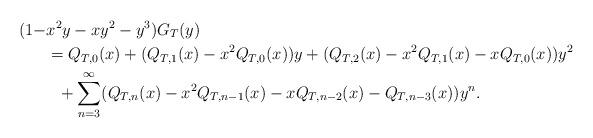
LaTeX: \begin{align*}(1-&x^{2}y-xy^{2}-y^{3})G_{T}(y)\\&=Q_{T,0}(x)+(Q_{T,1}(x)-x^{2}Q_{T,0}(x))y+(Q_{T,2}(x)-x^{2}Q_{T,1}(x)-xQ_{T,0}(x))y^{2}\\&\ \ +\sum_{n=3}^{\infty}(Q_{T,n}(x)-x^{2}Q_{T,n-1}(x)-xQ_{T,n-2}(x)-Q_{T,n-3}(x))y^{n}.\end{align*}